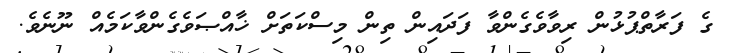
ގެ ފަރާތްޕުޅުން ރިވާވެގެންވާ ފަދައިން ތިން މިސްކަތަށް ޚާއްޞަވެގެންވާކަމެއް ނޫނެވެ.